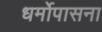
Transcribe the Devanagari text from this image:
धर्मोपासना